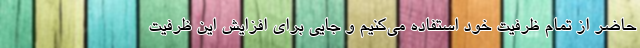
حاضر از تمام ظرفیت خود استفاده می‌کنیم و جایی برای افزایش این ظرفیت